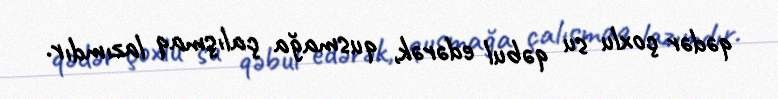
qədər çoxlu su qəbul edərək, qusmağa çalışmaq lazımdır.